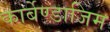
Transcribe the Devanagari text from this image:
कार्बेण्डाजिम